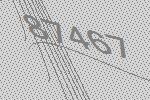
87467